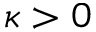
\kappa > 0